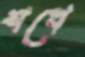
শখে